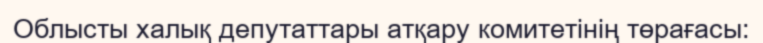
Облысты халық депутаттары атқару комитетінің төрағасы: